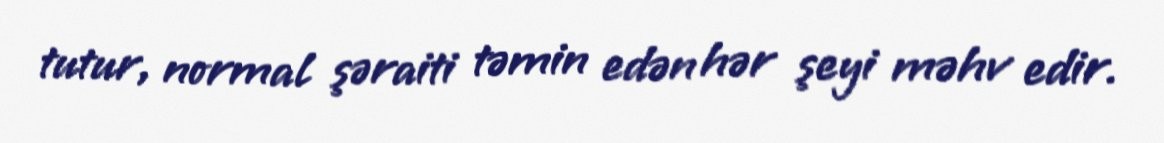
tutur, normal şəraiti təmin edən hər şeyi məhv edir.